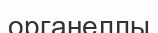
органеллы